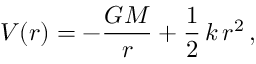
V ( r ) = - { \frac { G M } { r } } + { \frac { 1 } { 2 } } \, k \, r ^ { 2 } \, ,